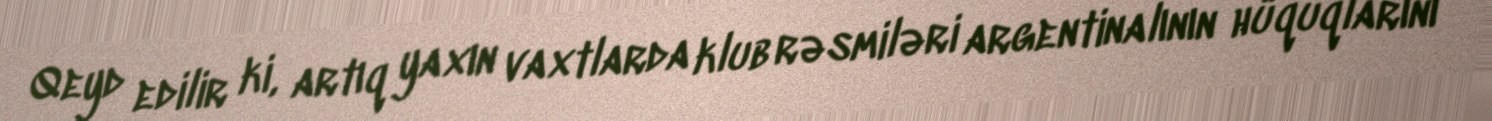
Qeyd edilir ki, artıq yaxın vaxtlarda klub rəsmiləri argentinalının hüquqlarını